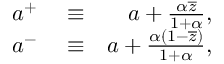
\begin{array} { r l r } { a ^ { + } } & { { } \equiv } & { a + \frac { \alpha \overline { z } } { 1 + \alpha } , } \\ { a ^ { - } } & { { } \equiv } & { a + \frac { \alpha ( 1 - \overline { z } ) } { 1 + \alpha } , } \end{array}